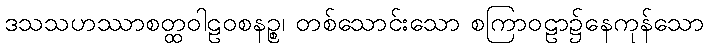
ဒသသဟဿာစတ္ထဝါဠဝစနဉ္စ၊ တစ်သောင်းသော စကြာဝဠာ၌နေကုန်သော